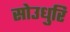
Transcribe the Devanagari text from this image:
सोउधुरि